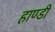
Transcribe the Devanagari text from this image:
हाण्डी